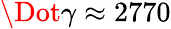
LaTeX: \Dot{\gamma}\approx 2770